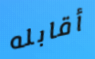
أقابله